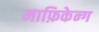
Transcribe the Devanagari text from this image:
माफ़िकेन्ग